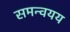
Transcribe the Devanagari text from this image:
समन्वयय